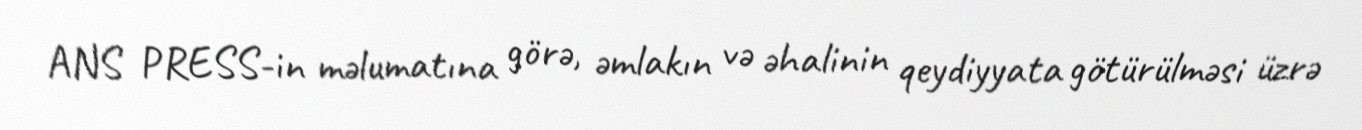
ANS PRESS-in məlumatına görə, əmlakın və əhalinin qeydiyyata götürülməsi üzrə